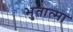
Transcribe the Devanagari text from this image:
भुतात्मा